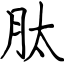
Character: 肽